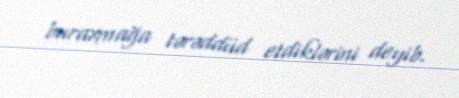
buraxmağa tərəddüd etdiklərini deyib.